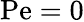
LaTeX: \mathrm{Pe}=0